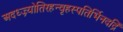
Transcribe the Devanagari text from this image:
अदध्ज्र्योतिरहन्वृहस्पतिर्भिनदद्रिं